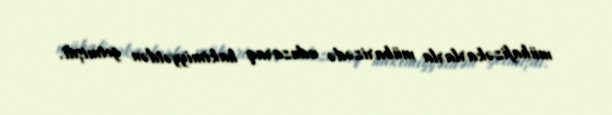
mühafizəkarlarla mübarizədə uduzaraq hakimiyyətdən getmişdi.